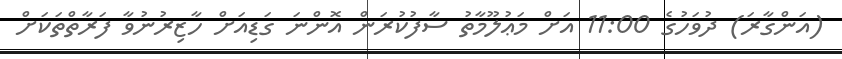
(އަންގާރަ) ދުވަހުގެ 11:00 އަށް މަޢުލޫމާތު ސާފުކުރަން އޮންނަ ގަޑިއަށް ހާޒިރުނުވާ ފަރާތްތަކަށް